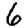
Digit: 6